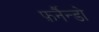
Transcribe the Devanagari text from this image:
फ़र्नैन्डो